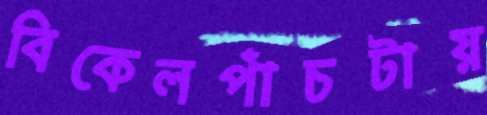
বিকেলপাঁচটায়